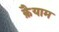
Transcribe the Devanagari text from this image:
क़ैयाम